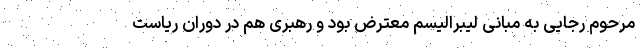
مرحوم رجایی به مبانی لیبرالیسم معترض بود و رهبری هم در دوران ریاست